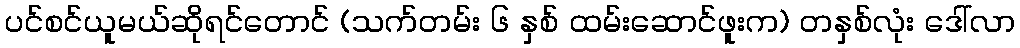
ပင်စင်ယူမယ်ဆိုရင်တောင် (သက်တမ်း ၆ နှစ် ထမ်းဆောင်ဖူးက) တနှစ်လုံး ဒေါ်လာ